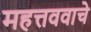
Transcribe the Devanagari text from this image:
महत्तववाचे